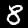
Label: 8